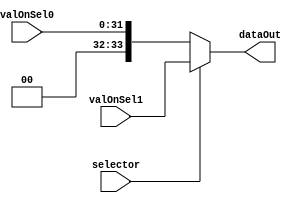

`timescale 1ns/1ns
module Mux01_31_33 (
    input [31:0] valOnSel0, 
    input [33:0] valOnSel1, 
    input selector,
    output reg [33:0]dataOut
);

    always @(selector) begin
        dataOut <= selector == 1'b1 
                    ? valOnSel1
                    //Esta concatenacin es unicamente para igualar a los bits de salida
                    : {2'b00,valOnSel0};
    end
endmodule //Mux01